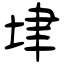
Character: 垏